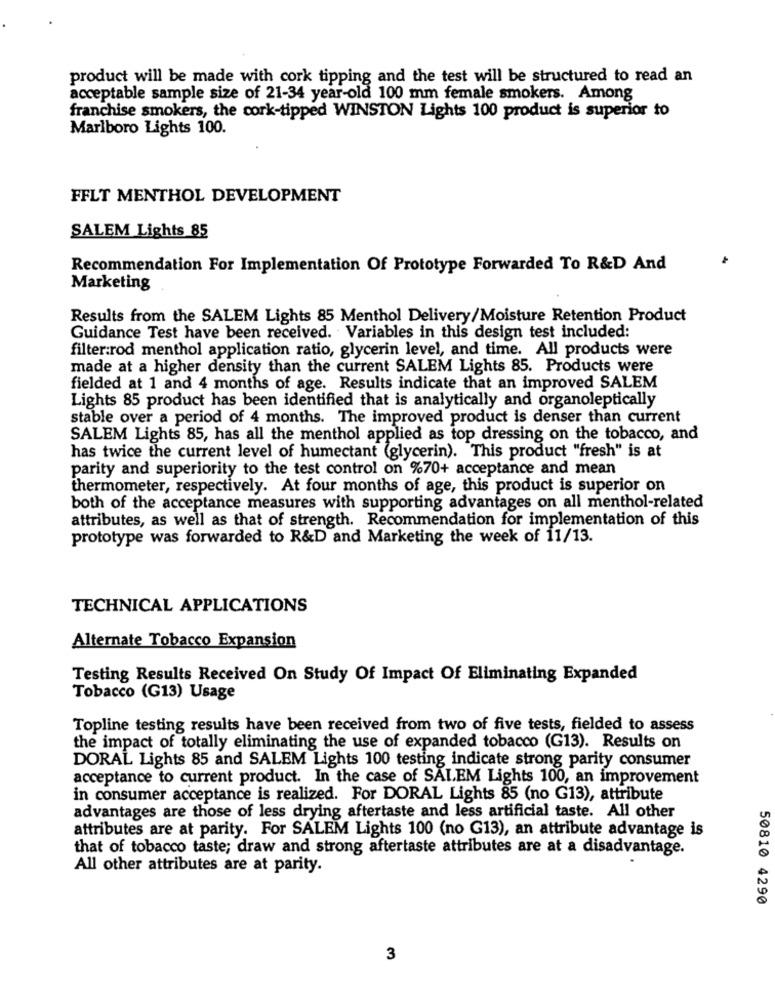
product will be made with cork tipping and the test will be structured to read an
acceptable sample size of 21-34 year-old 100 mm female smokers. Among
franchise smokers, the cork-tipped WINSTON Lights 100 product is superior to
Marlboro Lights 100.
FFLT MENTHOL DEVELOPMENT
SALEM Lights 85
Recommendation For Implementation Of Prototype Forwarded To R&D And
Marketing
Results from the SALEM Lights 85 Menthol Delivery/Moisture Retention Product
Guidance Test have been received. Variables in this design test included:
filter:rod menthol application ratio, glycerin level, and time. All products were
made at a higher density than the current SALEM Lights 85. Products were
fielded at 1 and 4 months of age. Results indicate that an improved SALEM
Lights 85 product has been identified that is analytically and organoleptically
stable over a period of 4 months. The improved product is denser than current
SALEM Lights 85, has all the menthol applied as top dressing on the tobacco, and
has twice the current level of humectant (glycerin). This product "fresh" is at
parity and superiority to the test control on %70+ acceptance and mean
thermometer, respectively. At four months of age, this product is superior on
both of the acceptance measures with supporting advantages on all menthol-related
attributes, as well as that of strength. Recommendation for implementation of this
prototype was forwarded to R&D and Marketing the week of 11/13.
TECHNICAL APPLICATIONS
Alternate Tobacco Expansion
Testing Results Received On Study Of Impact Of Eliminating Expanded
Tobacco (G13) Usage
Topline testing results have been received from two of five tests, fielded to assess
the impact of totally eliminating the use of expanded tobacco (G13). Results on
DORAL Lights 85 and SALEM Lights 100 testing indicate strong parity consumer
acceptance to current product. In the case of SALEM Lights 100, an improvement
in consumer acceptance is realized. For DORAL Lights 85 (no G13), attribute
advantages are those of less drying aftertaste and less artificial taste. All other
attributes are at parity. For SALEM Lights 100 (no G13), an attribute advantage is
that of tobacco taste; draw and strong aftertaste attributes are at a disadvantage.
All other attributes are at parity.
50810 4290
3